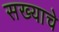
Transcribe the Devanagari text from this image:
सख्याचे